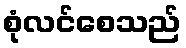
စုံလင်စေသည်